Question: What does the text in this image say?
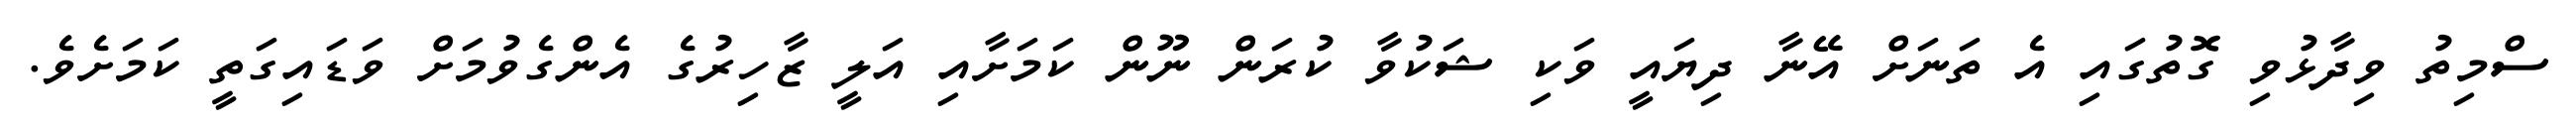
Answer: ސްމިތު ވިދާޅުވި ގޮތުގައި އެ ތަނަށް އޭނާ ދިޔައީ ވަކި ޝަކުވާ ކުރަން ނޫން ކަމަށާއި އަލީ ޒާހިރުގެ އެންގެވުމަށް ވަޑައިގަތީ ކަމަށެވެ.